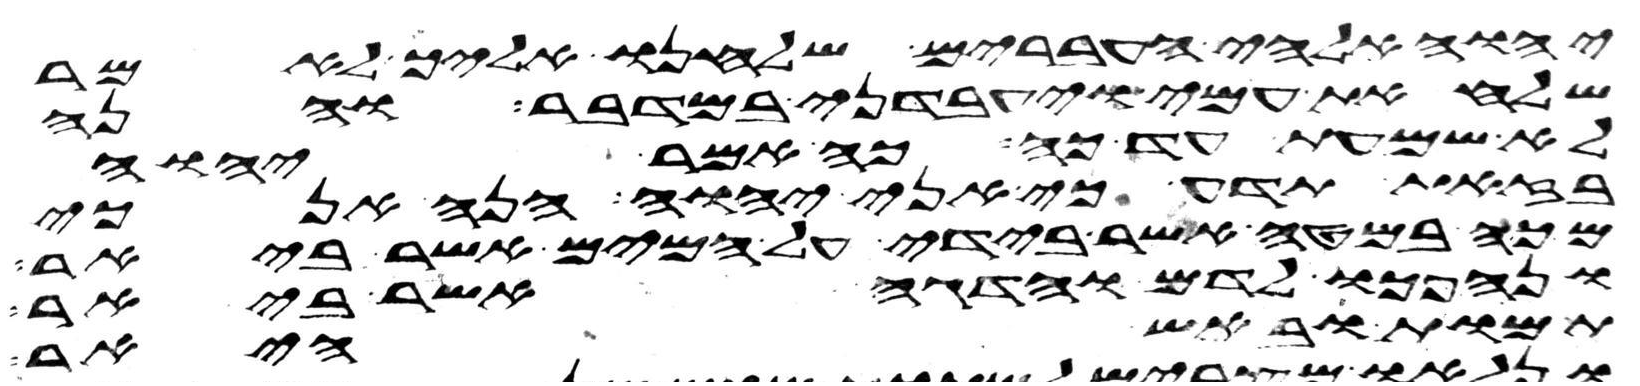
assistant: יהוה אלהי העברים שלחנו אליך לאמר
שלח את עמי ויעבדני במדבר והנה
לא שמעת עד כה כה אמר יהוה
בזאת תדע כי אני יהוה הנה אנכי
מכה במטה אשר בידי על המים אשר ביאר
ונהפכו לדם והדגה אשר ביאר
תמות ובאש היאר